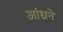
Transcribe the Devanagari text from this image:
आंध्रने